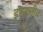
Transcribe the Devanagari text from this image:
इंटरलीव